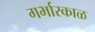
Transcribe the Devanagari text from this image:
गर्भारकाळ